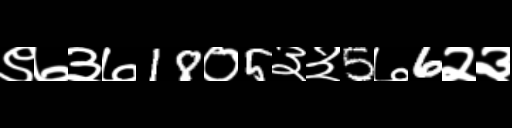
Text: ९७३७18०5३३5७6२३